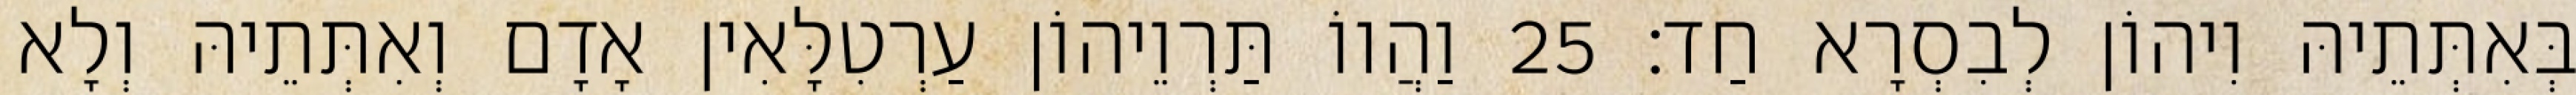
בְּאִתְּתֵיהּ וִיהוֹן לְבִסְרָא חַד׃ 25 וַהֲווֹ תַּרְוֵיהוֹן עַרְטִלָּאִין אָדָם וְאִתְּתֵיהּ וְלָא